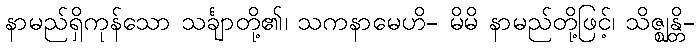
နာမည်ရှိကုန်သော သင်္ချာတို့၏၊ သကနာမေဟိ- မိမိ နာမည်တို့ဖြင့်၊ သိဇ္ဈန္တိ-